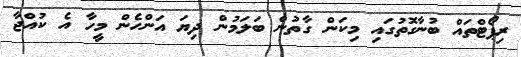
ރިޕޯޓްތައް ބުނާގޮތުގައި މިކަން ގާތުން ބަލަމުން ދިޔަ އަންހެން މީހާ އެ ކުއްޖާ